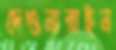
দেওনারাইন